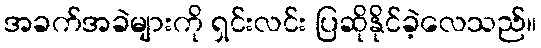
အခက်အခဲများကို ရှင်းလင်း ပြဆိုနိုင်ခဲ့လေသည်။